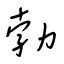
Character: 勃